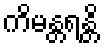
ကိမန္တရန္တိ